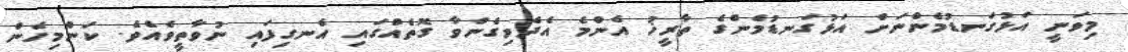
މިވަނީ އަޅުގަނޑުމެންނަށް އަޅުގަނޑުމެންގެ ތާރީޚު އެންމެ އެދެވިގެންވާ ގޮތެއްގައި އެނގިފައި ނުވާތީވެއެވެ. ކަންމިހެން